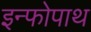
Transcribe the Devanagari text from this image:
इन्फोपाथ